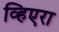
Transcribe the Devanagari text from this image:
व्हिएरा